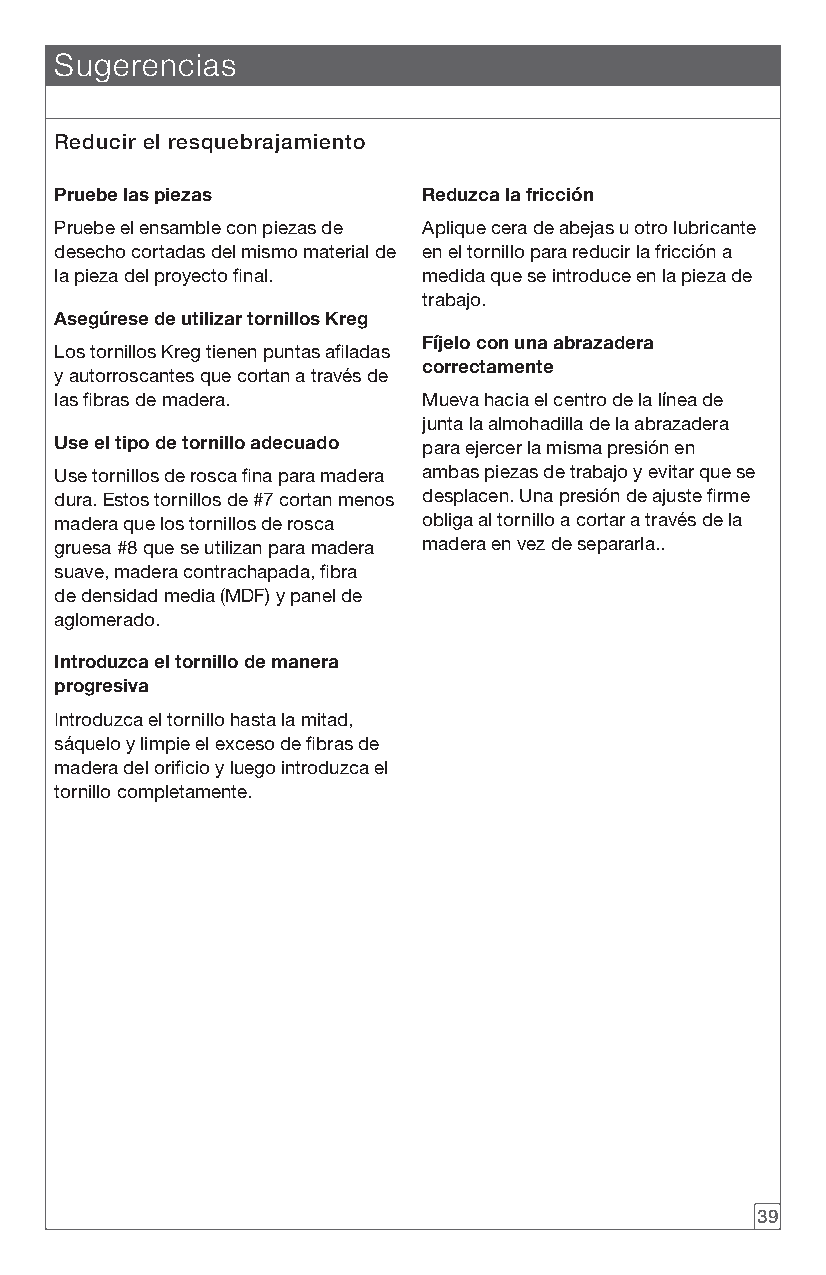
Sugerencias
 Reducir el resquebrajamiento
 Pruebe las piezas       Reduzca la fricción
 Pruebe el ensamble con piezas de Aplique cera de abejas u otro lubricante
 desecho cortadas del mismo material de en el tornillo para reducir la fricción a
 la pieza del proyecto final. medida que se introduce en la pieza de
 trabajo.
 Asegúrese de utilizar tornillos Kreg
 Fíjelo con una abrazadera
 Los tornillos Kreg tienen puntas afiladas
 correctamente
 y autorroscantes que cortan a través de
 las fibras de madera.   Mueva hacia el centro de la línea de
 junta la almohadilla de la abrazadera
 Use el tipo de tornillo adecuado para ejercer la misma presión en
 Use tornillos de rosca fina para madera ambas piezas de trabajo y evitar que se
 dura. Estos tornillos de #7 cortan menos desplacen. Una presión de ajuste firme
 madera que los tornillos de rosca obliga al tornillo a cortar a través de la
 gruesa #8 que se utilizan para madera madera en vez de separarla..
 suave, madera contrachapada, fibra
 de densidad media (MDF) y panel de
 aglomerado.
 Introduzca el tornillo de manera
 progresiva
 Introduzca el tornillo hasta la mitad,
 sáquelo y limpie el exceso de fibras de
 madera del orificio y luego introduzca el
 tornillo completamente.
 39